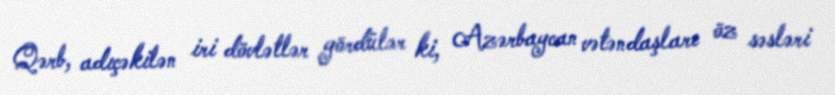
Qərb, adıçəkilən iri dövlətlər gördülər ki, Azərbaycan vətəndaşları öz səsləri